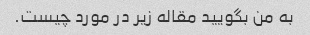
به من بگویید مقاله زیر در مورد چیست.